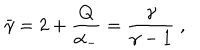
\bar { \gamma } = 2 + { \frac { Q } { \alpha _ { - } } } = { \frac { \gamma } { \gamma - 1 } } \ ,